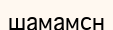
шамамсн